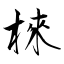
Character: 棶